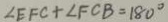
\angle E F C + \angle F C B = 1 8 0 ^ { \circ }